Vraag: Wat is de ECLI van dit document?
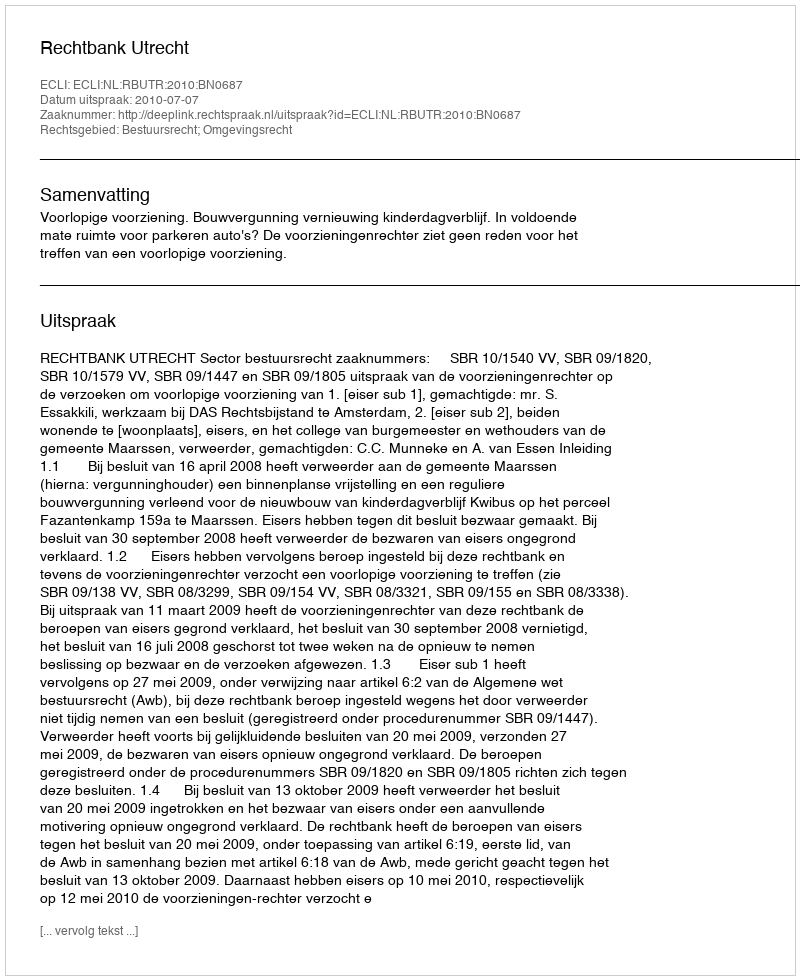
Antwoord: ECLI:NL:RBUTR:2010:BN0687